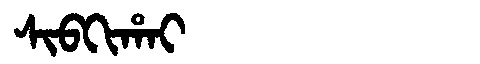
Manchu: ᠰᡳᠪᡴᡳᡥᠠᡳ
Romanization: SIBKIHAI